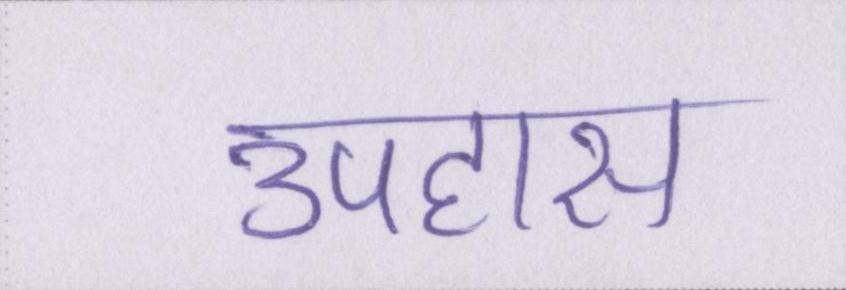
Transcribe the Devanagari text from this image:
उपहास